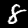
Digit: 8